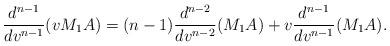
LaTeX: \begin{align*} \frac{d^{n-1}}{dv^{n-1}}(vM_1A)=(n-1)\frac{d^{n-2}}{dv^{n-2}}(M_1A)+v\frac{d^{n-1}}{dv^{n-1}}(M_1A).\end{align*}